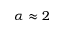
\alpha \approx 2